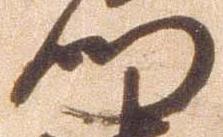
門